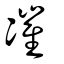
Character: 凗